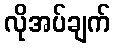
လိုအပ်ချက်